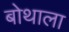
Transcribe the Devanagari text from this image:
बोथाला